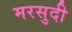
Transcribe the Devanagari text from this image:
मरसुदी